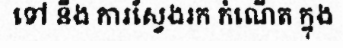
ទៅ នឹង ការស្វែងរក កំណើត ក្នុង